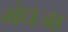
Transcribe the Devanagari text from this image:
गंधजा